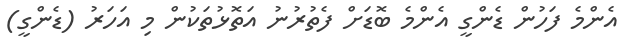
އެންމެ ފަހުން ޑެންގީ އެންމެ ބޮޑަށް ފެތުރުނު އަތޮޅުތަކުން މި އަހަރު (ޑެންގީ)